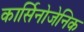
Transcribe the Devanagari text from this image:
कार्सिनोजेनिक